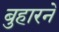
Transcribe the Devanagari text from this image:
बुहारने